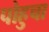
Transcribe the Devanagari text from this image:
पोहुचा